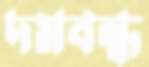
দমবন্ধ